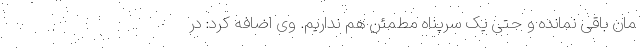
مان باقی نمانده و حتی یک سرپناه مطمئن هم نداریم. وی اضافه کرد: در